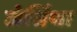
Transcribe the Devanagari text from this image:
जेसिंथा